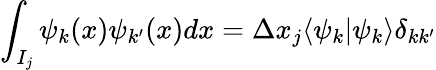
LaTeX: \int_{I_{j}}\psi_{k}(x)\psi_{k^{\prime}}(x)dx=\Delta x_{j}\langle\psi_{k}|\psi_{k}\rangle{\delta_{kk^{\prime}}}